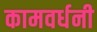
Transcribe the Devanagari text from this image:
कामवर्धनी